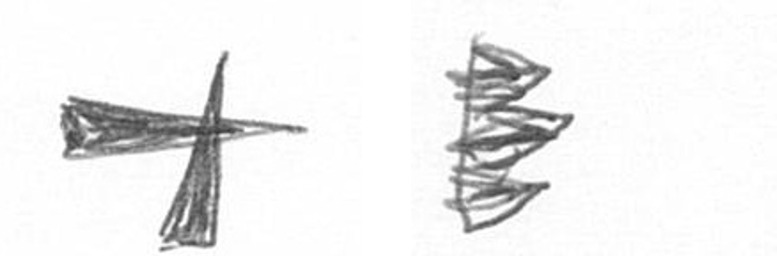
G H